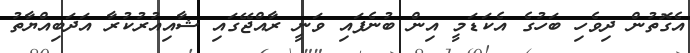
އެގޮތުން ދިވެހި ބަހުގެ އެކަޑަމީ އިން ބުނެފައި ވަނީ ރާއްޖޭގައި ޝާއިއުރުކުރާ އަދަބިއްޔާތު